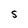
Character: S